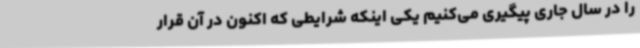
را در سال جاری پیگیری می‌کنیم یکی اینکه شرایطی که اکنون در آن قرار